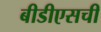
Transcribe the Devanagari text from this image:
बीडीएसची